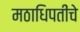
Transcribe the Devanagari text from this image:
मठाधिपतींचे